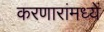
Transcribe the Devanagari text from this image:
करणारांमध्यें